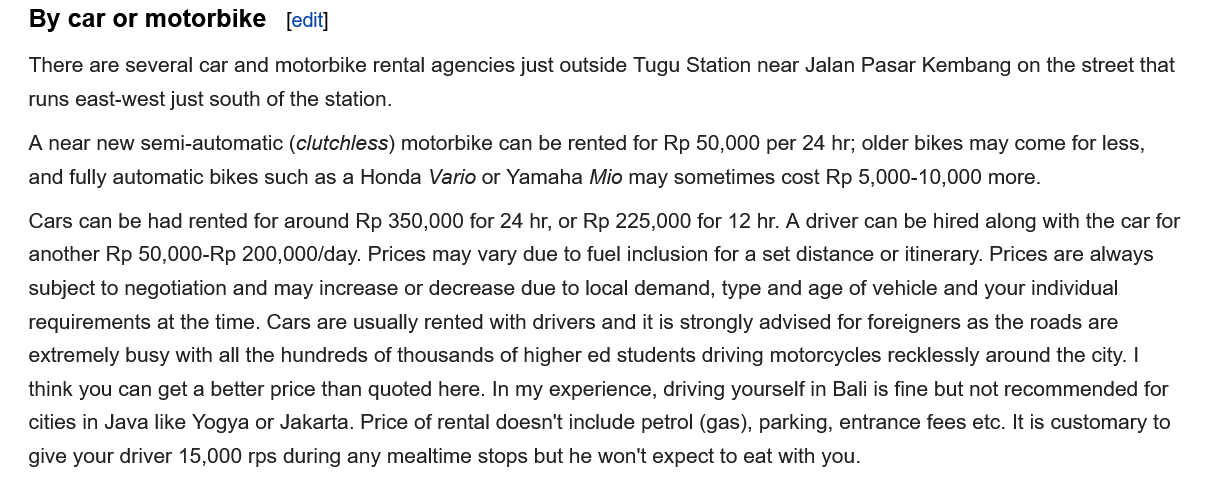
By  car or motorbike
   There are several car and motorbike rental agencies just outside Tugu Station near Jalan Pasar Kembang on the street that
   runs east-west just south of the station.
   A near new semi-automatic (c/utchless) motorbike can be rented for Rp 50,000 per 24 hr; older bikes may come for less,
   and fully automatic bikes such as a Honda Vario or Yamaha Mio may sometimes cost Rp 5,000-10,000 more.
   Cars can be had rented for around Rp 350,000 for 24 hr, or Rp 225,000 for 12 hr. A driver can be hired along with the car for
   another Rp 50,000-Rp 200,000/day. Prices may vary due to fuel inclusion for a set distance or itinerary. Prices are always
   subject to negotiation and may increase or decrease due to local demand, type and age of vehicle and your individual
   requirements at the time. Cars are usually rented with drivers and it is strongly advised for foreigners as the roads are
   extremely busy with all the hundreds of thousands of higher ed students driving motorcycles recklessly around the city. |
   think you can get a better price than quoted here. In my experience, driving yourself in Bali is fine but not recommended for
   cities in Java like Yogya or Jakarta. Price of rental doesn't include petrol (gas), parking, entrance fees etc. It is customary to
   give your driver 15,000 rps during any mealtime stops but he won't expect to eat with you.